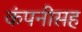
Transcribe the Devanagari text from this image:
कंपनीसह